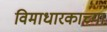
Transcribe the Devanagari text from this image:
विमाधारकाच्या